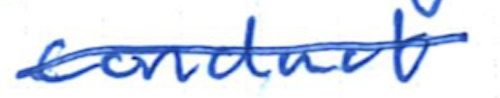
Text: conduct
Cross-out: single-line
Writing tool: ballpoint